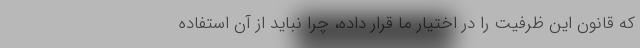
که قانون این ظرفیت را در اختیار ما قرار داده، چرا نباید از آن استفاده